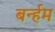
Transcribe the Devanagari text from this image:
बर्न्हम